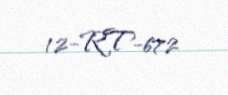
12-RT-672